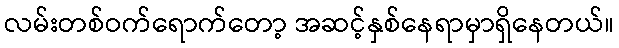
လမ်းတစ်ဝက်ရောက်တော့ အဆင့်နှစ်နေရာမှာရှိနေတယ်။